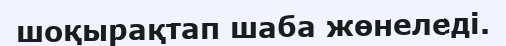
шоқырақтап шаба жөнеледі.